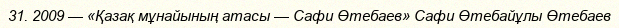
31. 2009 — «Қазақ мұнайының атасы — Сафи Өтебаев» Сафи Өтебайұлы Өтебаев